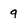
Character: 9